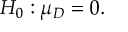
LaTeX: H _ { 0 } : \mu _ { D } = 0 .